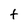
Character: t